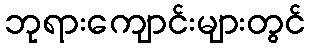
ဘုရားကျောင်းများတွင်